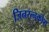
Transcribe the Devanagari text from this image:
जिनरत्नकोश